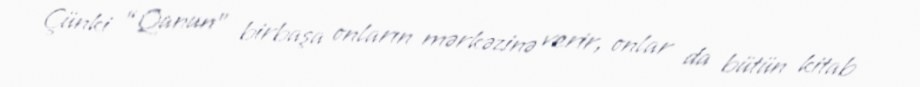
Çünki “Qanun” birbaşa onların mərkəzinə verir, onlar da bütün kitab